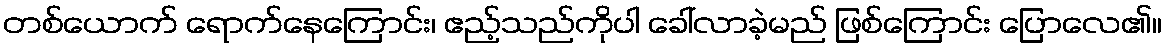
တစ်ယောက် ရောက်နေကြောင်း၊ ဧည့်သည်ကိုပါ ခေါ်လာခဲ့မည် ဖြစ်ကြောင်း ပြောလေ၏။